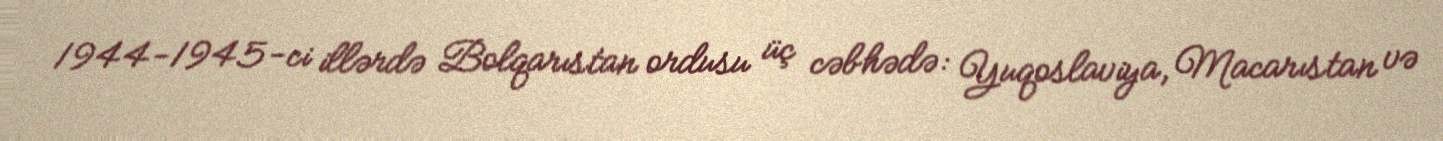
1944-1945-ci illərdə Bolqarıstan ordusu üç cəbhədə: Yuqoslaviya, Macarıstan və